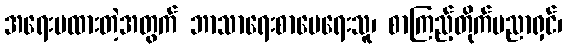
အရေးမထားတဲ့အတွက် ဘာသာရေးစာပေရေးသူ၊ စာကြည့်တိုက်ပညာရှင်၊